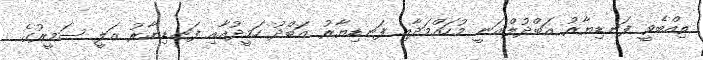
ތިއްބެވީ ފަނޑިޔާރު އަބްދުލްޣަނީ މުހައްމަދާއި ފަނޑިޔާރު އަބްދު ހަމީދުއާއި ފަނޑިޔާރު އަލީ ސަމީރުގެ